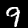
Digit: 9